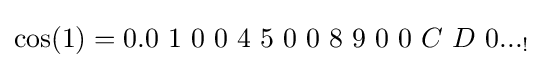
\cos(1)=0.0\ 1\ 0\ 0\ 4\ 5\ 0\ 0\ 8\ 9\ 0\ 0\ C\ D\ 0..._{!}